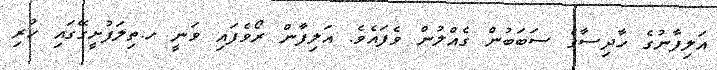
އަލިފާނުގެ ހާދިސާގެ ސަބަަބުން ގެއްލުން ވެފައެވެ. އަލިފާން ރޯވެފައި ވަނީ ހ.ތިލަފުށީގޭގައި ހުރި